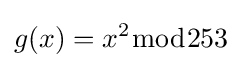
g(x)=x^{2}{\bmod {2}}53